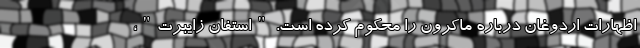
اظهارات اردوغان درباره ماکرون را محکوم کرده است. "استفان زایبرت"،